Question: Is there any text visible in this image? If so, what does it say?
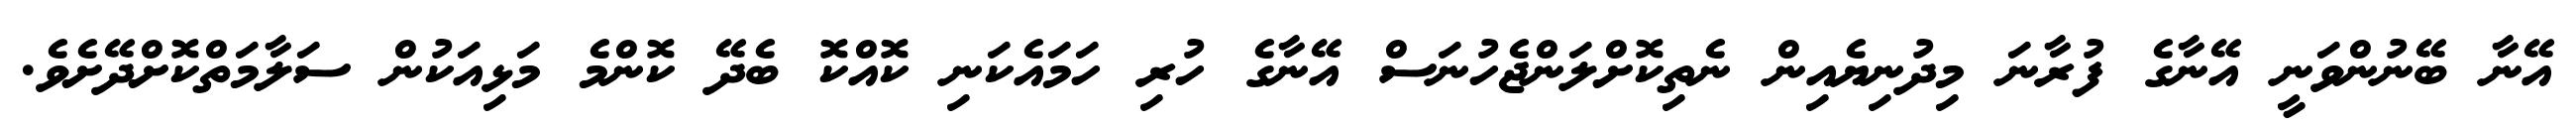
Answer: އޭނާ ބޭނުންވަނީ އޭނާގެ ފުރާނަ މިދުނިޔެއިން ނެތިކޮށްލަންޖެހުނަސް އޭނާގެ ހުރި ހަމައެކަނި ކޮއްކޮ ބެދޭ ކޮންމެ މަޅިއަކުން ސަލާމަތްކޮށްދޭށެވެ.